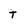
Character: t